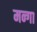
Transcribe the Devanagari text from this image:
मन्गा